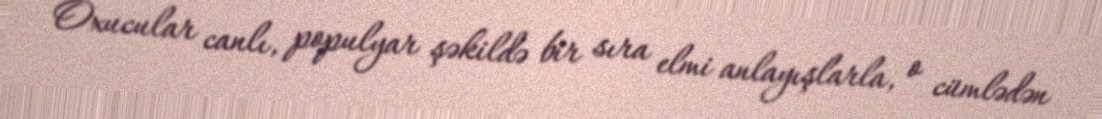
Oxucular canlı, populyar şəkildə bir sıra elmi anlayışlarla, o cümlədən